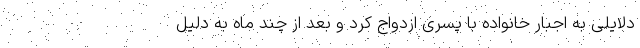
دلایلی به اجبار خانواده با پسری ازدواج کرد و بعد از چند ماه به دلیل